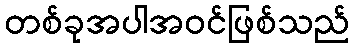
တစ်ခုအပါအဝင်ဖြစ်သည်